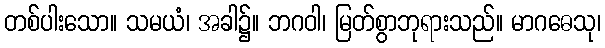
တစ်ပါးသော။ သမယံ၊ အခါ၌။ ဘဂဝါ၊ မြတ်စွာဘုရားသည်။ မာဂဓေသု၊